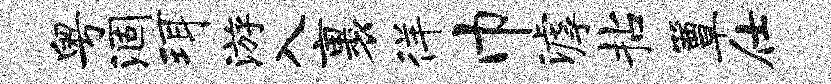
粤涸珥游入裹徉巾滹拈簟仕